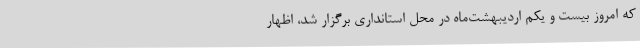
که امروز بیست و یکم اردیبهشت‌ماه در محل استانداری برگزار شد، اظهار